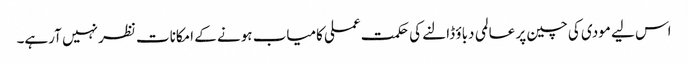
اس لیے مودی کی چین پر عالمی دباؤ ڈالنے کی حکمت عملی کامیاب ہونے کے امکانات نظر نہیں آرہے۔